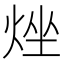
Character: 𤉛